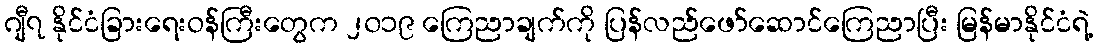
ဂျီ၇ နိုင်ငံခြားရေးဝန်ကြီးတွေက ၂၀၁၉ ကြေညာချက်ကို ပြန်လည်ဖော်ဆောင်ကြေညာပြီး မြန်မာနိုင်ငံရဲ့